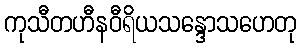
ကုသီတဟီနဝီရိယသန္ဒောသဟေတု